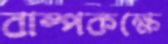
বাষ্পকক্ষে